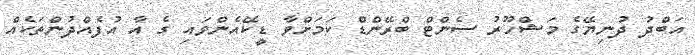
އަބްދު ދުނިޔޭގެ މަޝްހޫރު ސެންޓް ބްރޭންޑް ކަމަށްވާ ޑީކޭއެންވައި ގެ އާ އުފެއްދުންތަކެއް